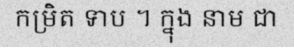
កម្រិត ទាប ។ ក្នុង នាម ជា